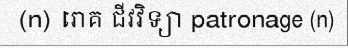
(n) រោគ ជីវវិទ្យា patronage (n)